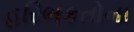
હરિભકતોના